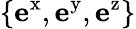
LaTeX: \{ \mathbf{e}^{\mathrm{x}},\mathbf{e}^{\mathrm{y}},\mathbf{e}^{\mathrm{z}}\}